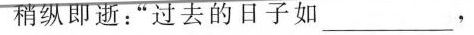
稍纵即逝：”过去的日子如___，